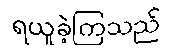
ရယူခဲ့ကြသည်